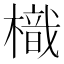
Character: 樴